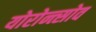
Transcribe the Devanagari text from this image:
योरोन्त्सोव